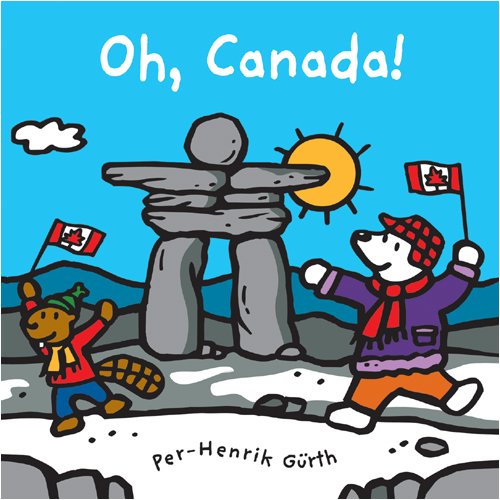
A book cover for Oh, Canada!; Per Henrik Gurth; Children's Books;